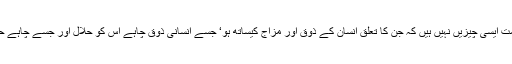
لاکھوں لوگوں کیلئے یہ مسئلہ پریشانی کا سبب بنا ہوا ہے جبکہ اہل علم کے نزدیک حلت اور حرمت ایسی چیزیں نہیں ہیں کہ جن کا تعلق انسان کے ذوق اور مزاج کیساتھ ہو‘ جسے انسانی ذوق چاہے اس کو حلال اور جسے چاہے حرام سمجھ لے بلکہ یہ آسمانی شریعت ہے جس کا خالق کائنات نے اپنے بندوں کو مکلف بنایا ہے۔